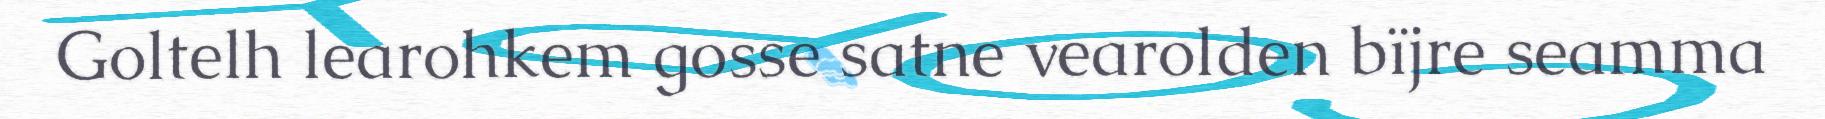
Goltelh learohkem gosse satne vearolden bïjre seamma